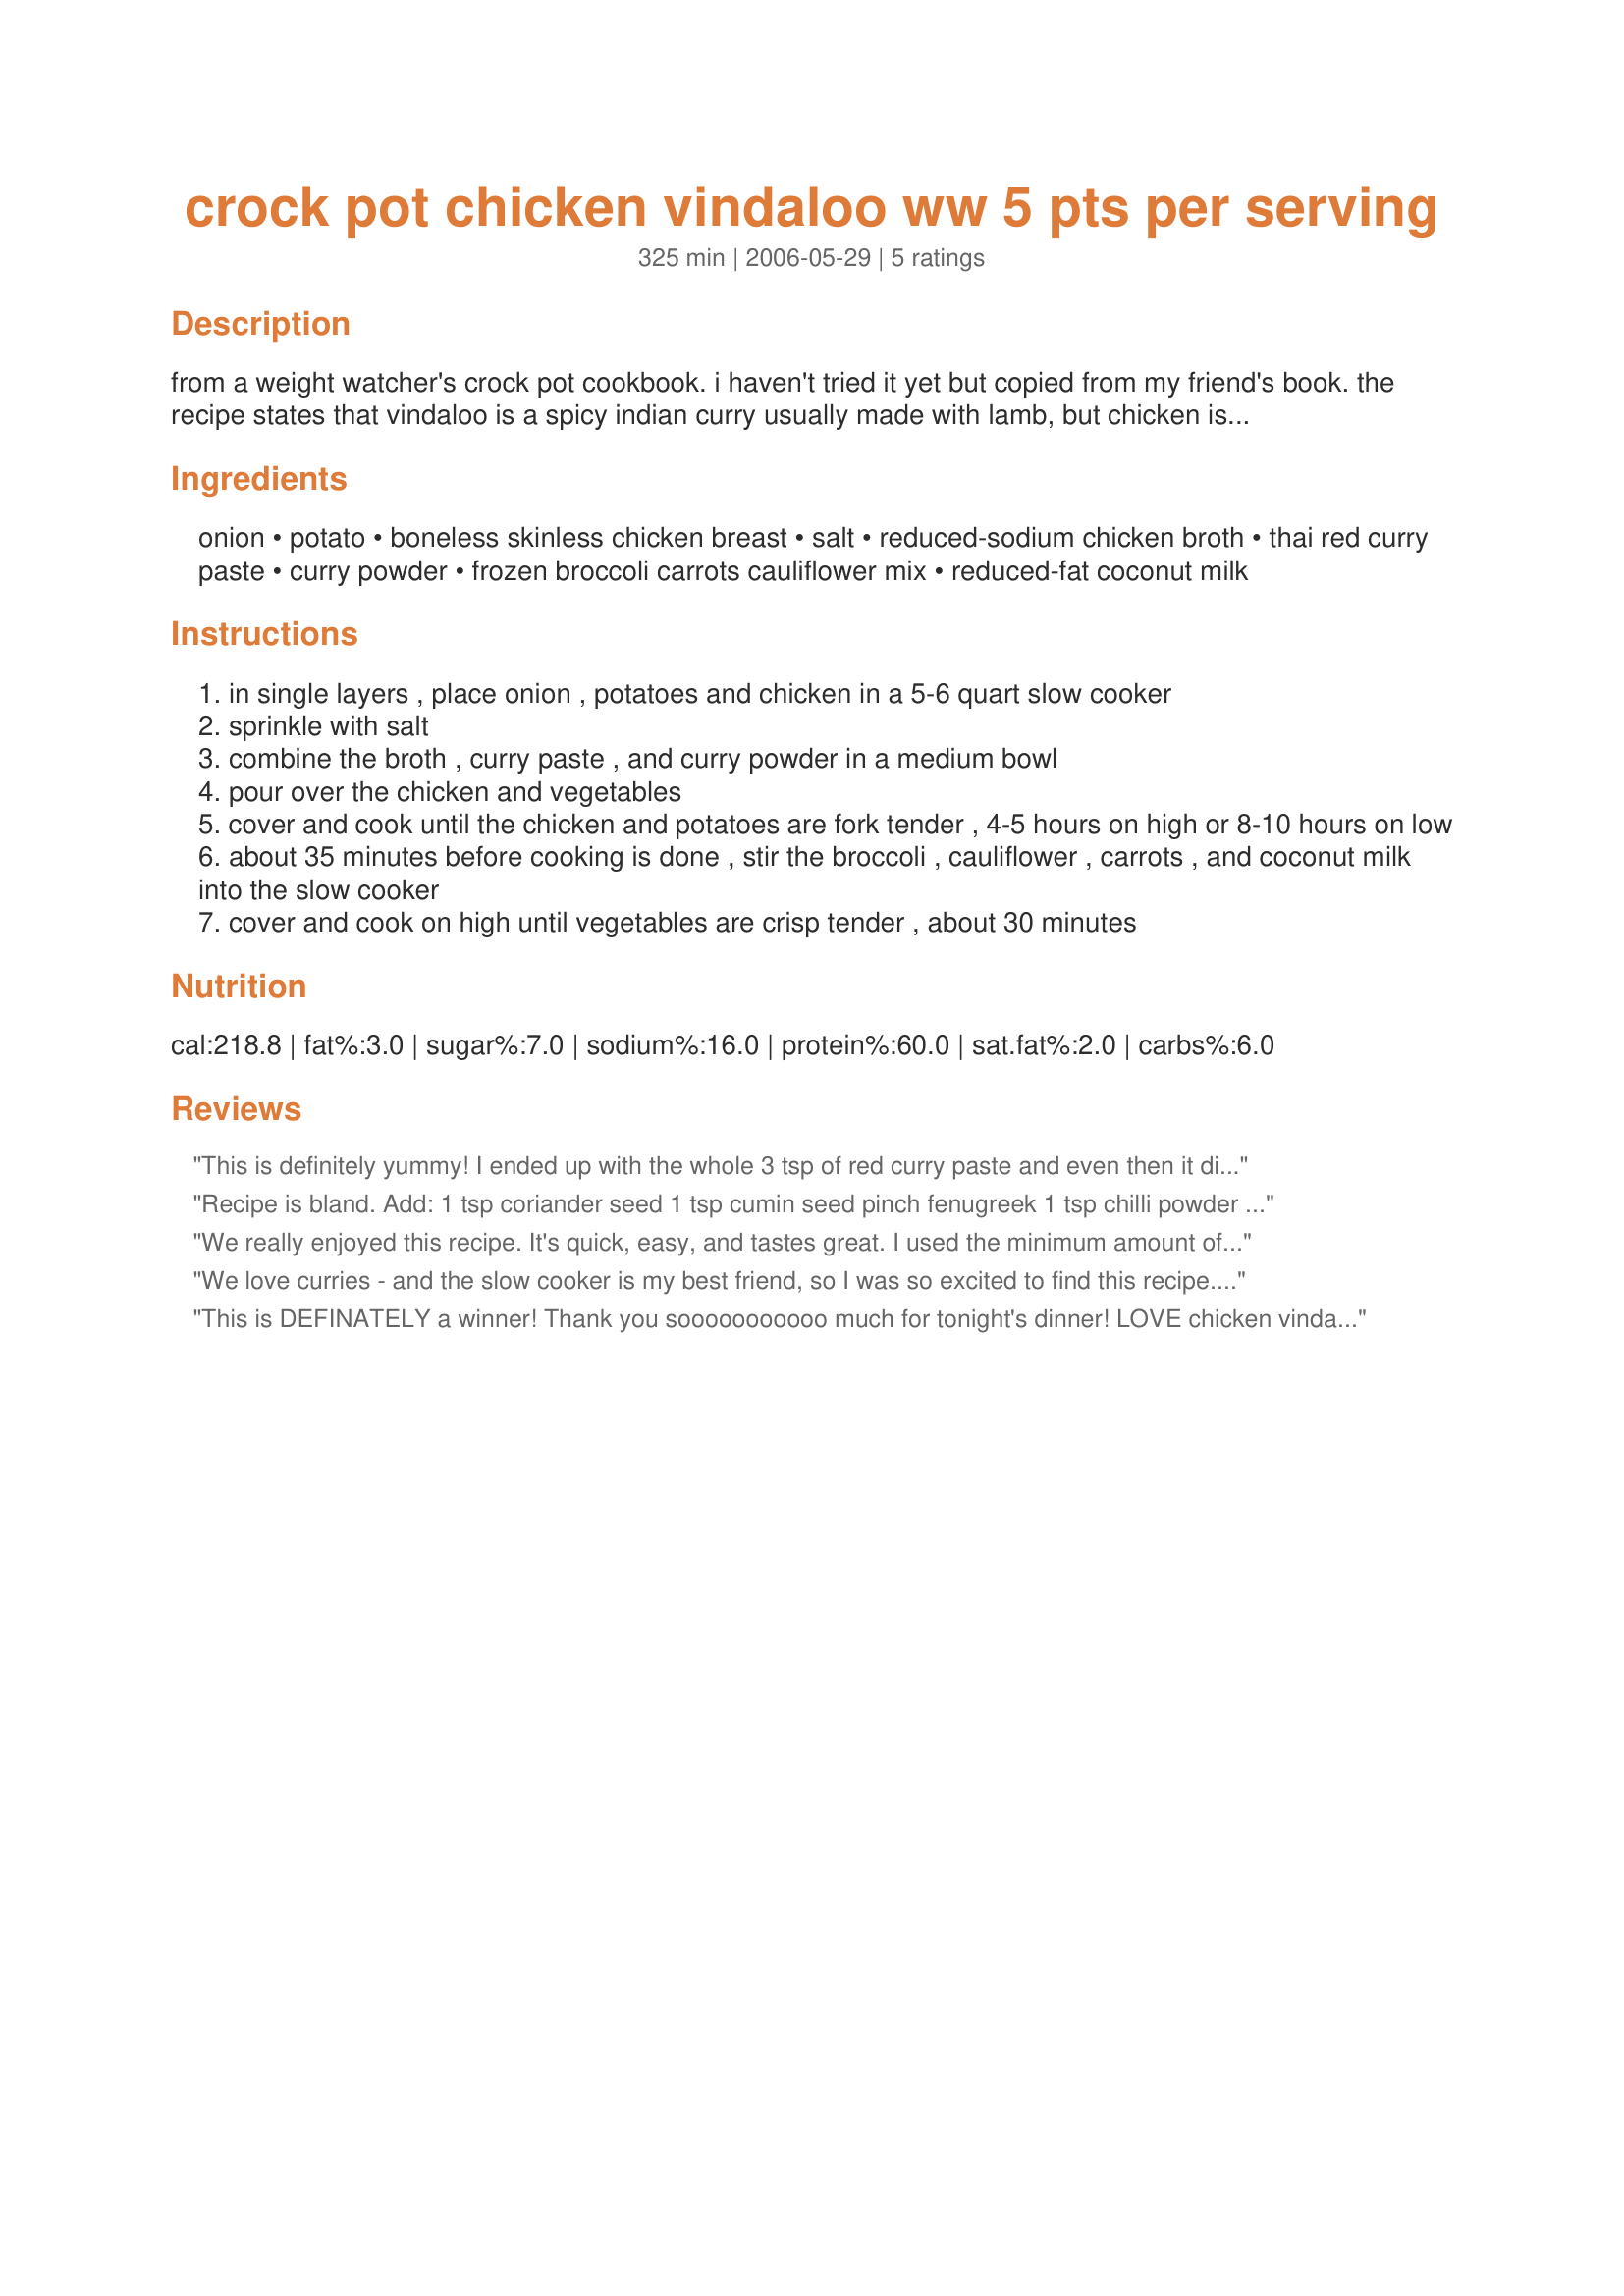
crock pot chicken vindaloo ww 5 pts per serving
Preparation time: 325 minutes

from a weight watcher's crock pot cookbook. i haven't tried it yet but copied from my friend's book. the recipe states that vindaloo is a spicy indian curry usually made with lamb, but chicken is equally delicious. prepared curry paste can be very spicy, so start with the minimum amount; then, when the dish is done, taste the broth and add the remaining paste if desired. *any frozen vegetable blend will work with the recipe as long as there are no sauces or butter added.

Ingredients:
onion, potato, boneless skinless chicken breast, salt, reduced-sodium chicken broth, thai red curry paste, curry powder, frozen broccoli carrots cauliflower mix, reduced-fat coconut milk

Steps:
in single layers , place onion , potatoes and chicken in a 5-6 quart slow cooker
sprinkle with salt
combine the broth , curry paste , and curry powder in a medium bowl
pour over the chicken and vegetables
cover and cook until the chicken and potatoes are fork tender , 4-5 hours on high or 8-10 hours on low
about 35 minutes before cooking is done , stir the broccoli , cauliflower , carrots , and coconut milk into the slow cooker
cover and cook on high until vegetables are crisp tender , about 30 minutes

Reviews:
This is definitely yummy! I ended up with the whole 3 tsp of red curry paste and even then it didn't have a huge kick, just good taste. Next time I will cook the veggies for more than 30 minutes, they were still quite crunchy after 30 minutes.
Recipe is bland. Add:
1 tsp coriander seed
1 tsp cumin seed
pinch fenugreek
1 tsp chilli powder
1/4 tsp tumeric
2 cloves crushed garlic
1/2 inch grated ginger root
We really enjoyed this recipe. It's quick, easy, and tastes great. I used the minimum amount of curry paste until we took out the kids portions, then we kicked it up for the adult servings. Thanks for the recipe, Oolala.
We love curries - and the slow cooker is my best friend, so I was so excited to find this recipe. Unfortunately, I would have to agree with the previous viewer who found it to be too bland. I added a heaping tablespoon of the red curry paste, and the full amount of curry, so I didn't go easy on the spices. Next time I will look at some other curries to see what my options are as far as spices go. I added my frozen vegetables about 45 minutes before we ate, and they, as well as the rest of the recipe other than the spiciness, was great! Will work with this to see if I can boost the flavor.
This is DEFINATELY a winner!
Thank you sooooooooooo much for tonight's dinner!
LOVE chicken vindaloo AND that this is soooooooooooooo easy to do!
Will be making this again real soon, TRUE!
